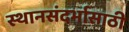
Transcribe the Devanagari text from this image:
स्थानसंदर्भासाठी